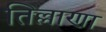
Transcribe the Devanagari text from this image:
तिल्लाणा